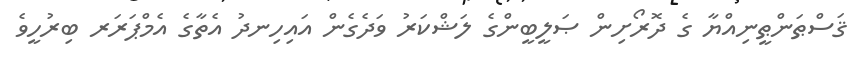
ޤަސްޠަންޠީނިއްޔާ ގެ ދޮރޯށިން ޞަލީބީންގެ ލަޝްކަރު ވަދެގެން އައިހިނދު އެތާގެ އެމްޕަރަރ ބިރުހީވެ